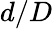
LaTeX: d/D